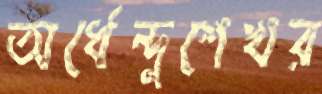
অর্ধেন্দুশেখর